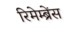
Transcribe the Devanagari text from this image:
रिमेम्ब्रेंस